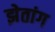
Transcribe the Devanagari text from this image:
झेतांग